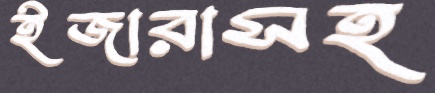
ইজারাসহ